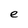
Character: e